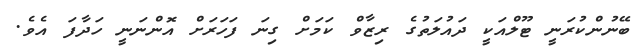
ބޭނުންކުރަނީ ޓޫލްއަކީ ދައުލަތުގެ ރިޒާވް ކަމަށް ގިނަ ފަހަރަށް އޮންނަނީ ހަދާފަ އެވެ.